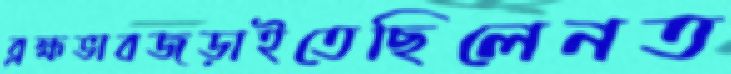
ব্রহ্মভাবজড়াইতেছিলেনত